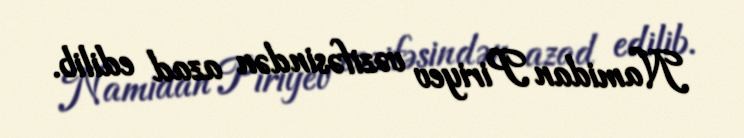
Namidan Piriyev vəzifəsindən azad edilib.